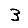
Digit: 3